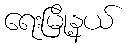
ရေးမြို့နယ်